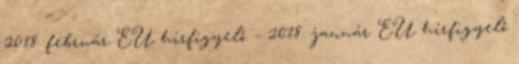
2018. február EU hírfigyelő – 2018. január EU hírfigyelő